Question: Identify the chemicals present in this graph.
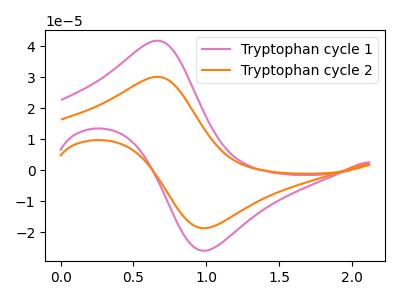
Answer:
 <answer>The pink curve is labeled "Tryptophan cycle 1". The orange curve is labeled "Tryptophan cycle 2".</answer>
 <eval></eval>